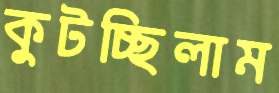
কুটচ্ছিলাম